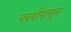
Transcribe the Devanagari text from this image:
चवथीपासून